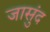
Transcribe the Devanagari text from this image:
जासुंद